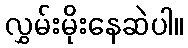
လွှမ်းမိုးနေဆဲပါ။